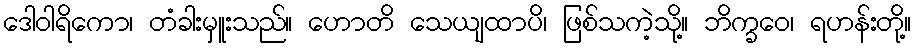
ဒေါဝါရိကော၊ တံခါးမှူးသည်။ ဟောတိ သေယျထာပိ၊ ဖြစ်သကဲ့သို့။ ဘိက္ခဝေ၊ ရဟန်းတို့။